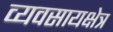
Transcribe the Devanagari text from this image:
व्यवसायक्षेत्र